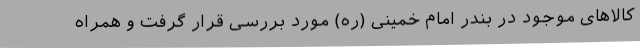
کالاهای موجود در بندر امام خمینی (ره) مورد بررسی قرار گرفت و همراه